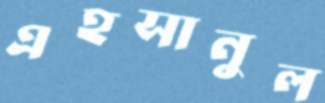
এহসানুল